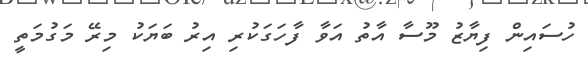
ހުސައިން ފިޔާޒު މޫސާ އާތު އަވާ ފާހަގަކުރި އިރު ބަޔަކު މިރޭ މަގުމަތީ